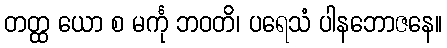
တတ္ထ ယော စ မင်္ကု ဘဝတိ၊ ပရေသံ ပါနဘောဇနေ။